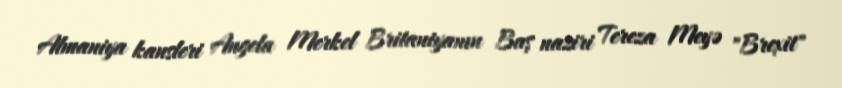
Almaniya kansleri Angela Merkel Britaniyanın Baş naziri Tereza Meyə "Brexit"